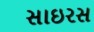
સાઇરસ